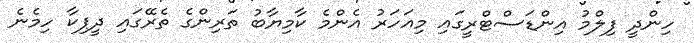
ހިންދީ ފިލްމު އިންޑަސްޓްރީގައި މިއަހަރު އެންމެ ކާމިޔާބު ތަރިންގެ ތެރޭގައި ދީޕިކާ ހިމެނެ